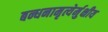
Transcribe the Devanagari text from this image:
बन्धनामृत्येर्मुक्षीय